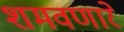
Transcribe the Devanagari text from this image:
शमवणारे